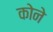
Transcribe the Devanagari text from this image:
काेने